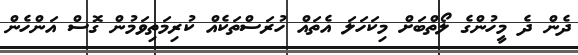
ދެން ދެ މީހުންގެ ލޯތްބަށް މިކަހަލަ އެތައް ހުރަސްތަކެއް ކުރިމަތިވަމުން ގޮސް އަންހެން